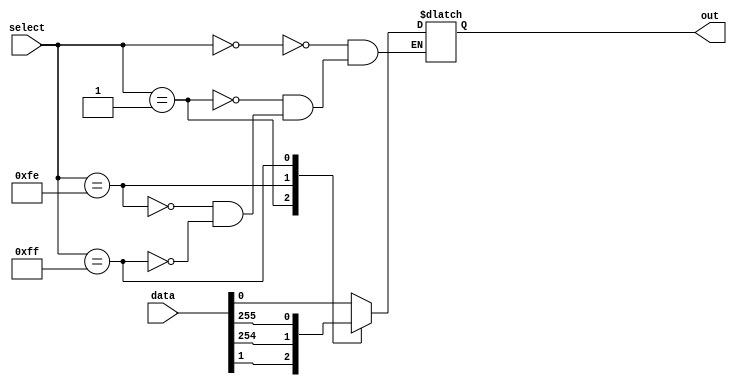
module mux_256to1(
    input wire [255:0] data,
    input wire [7:0] select,
    output reg out
);

always @(*)
begin
    case(select)
        8'b00000000: out = data[0];
        8'b00000001: out = data[1];
        // Continue for all 256 inputs
        8'b11111110: out = data[254];
        8'b11111111: out = data[255];
    endcase
end

endmodule